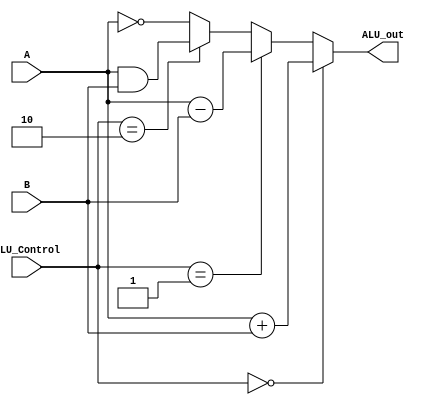
module MCP01_ALU_8b(A, B, ALU_Control, ALU_out);
	input [7:0] A, B;
    input [1:0] ALU_Control;
	output [7:0] ALU_out;
	
	assign ALU_out = (ALU_Control == 2'b00) ? A + B :
                     (ALU_Control == 2'b01) ? A - B :
                     (ALU_Control == 2'b10) ? A & B : ~ A;

endmodule